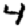
Digit: 4